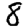
Digit: 8